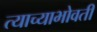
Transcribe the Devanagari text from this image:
त्याच्याभोवतीं